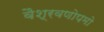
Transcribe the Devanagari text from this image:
वैश्रवणोपमो